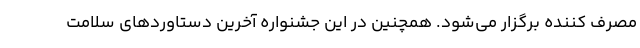
مصرف کننده برگزار می‌شود. همچنین در این جشنواره آخرین دستاوردهای سلامت